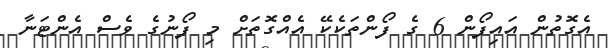
އެގޮތުން އައިފޯން 6 ގެ ފޯންތަކެކޭ އެއްގޮތަށް މި ފޯނުގެ ވެސް އެންޓަނާ